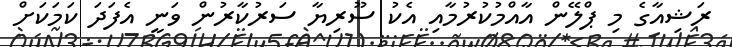
ރަޝިއާގެ މި ޕްލޭން އާއްމުކުރުމާއި އެކު ސޫރިޔާ ސަރުކާރުން ވަނީ އެފަދަ ކަމަކަށް